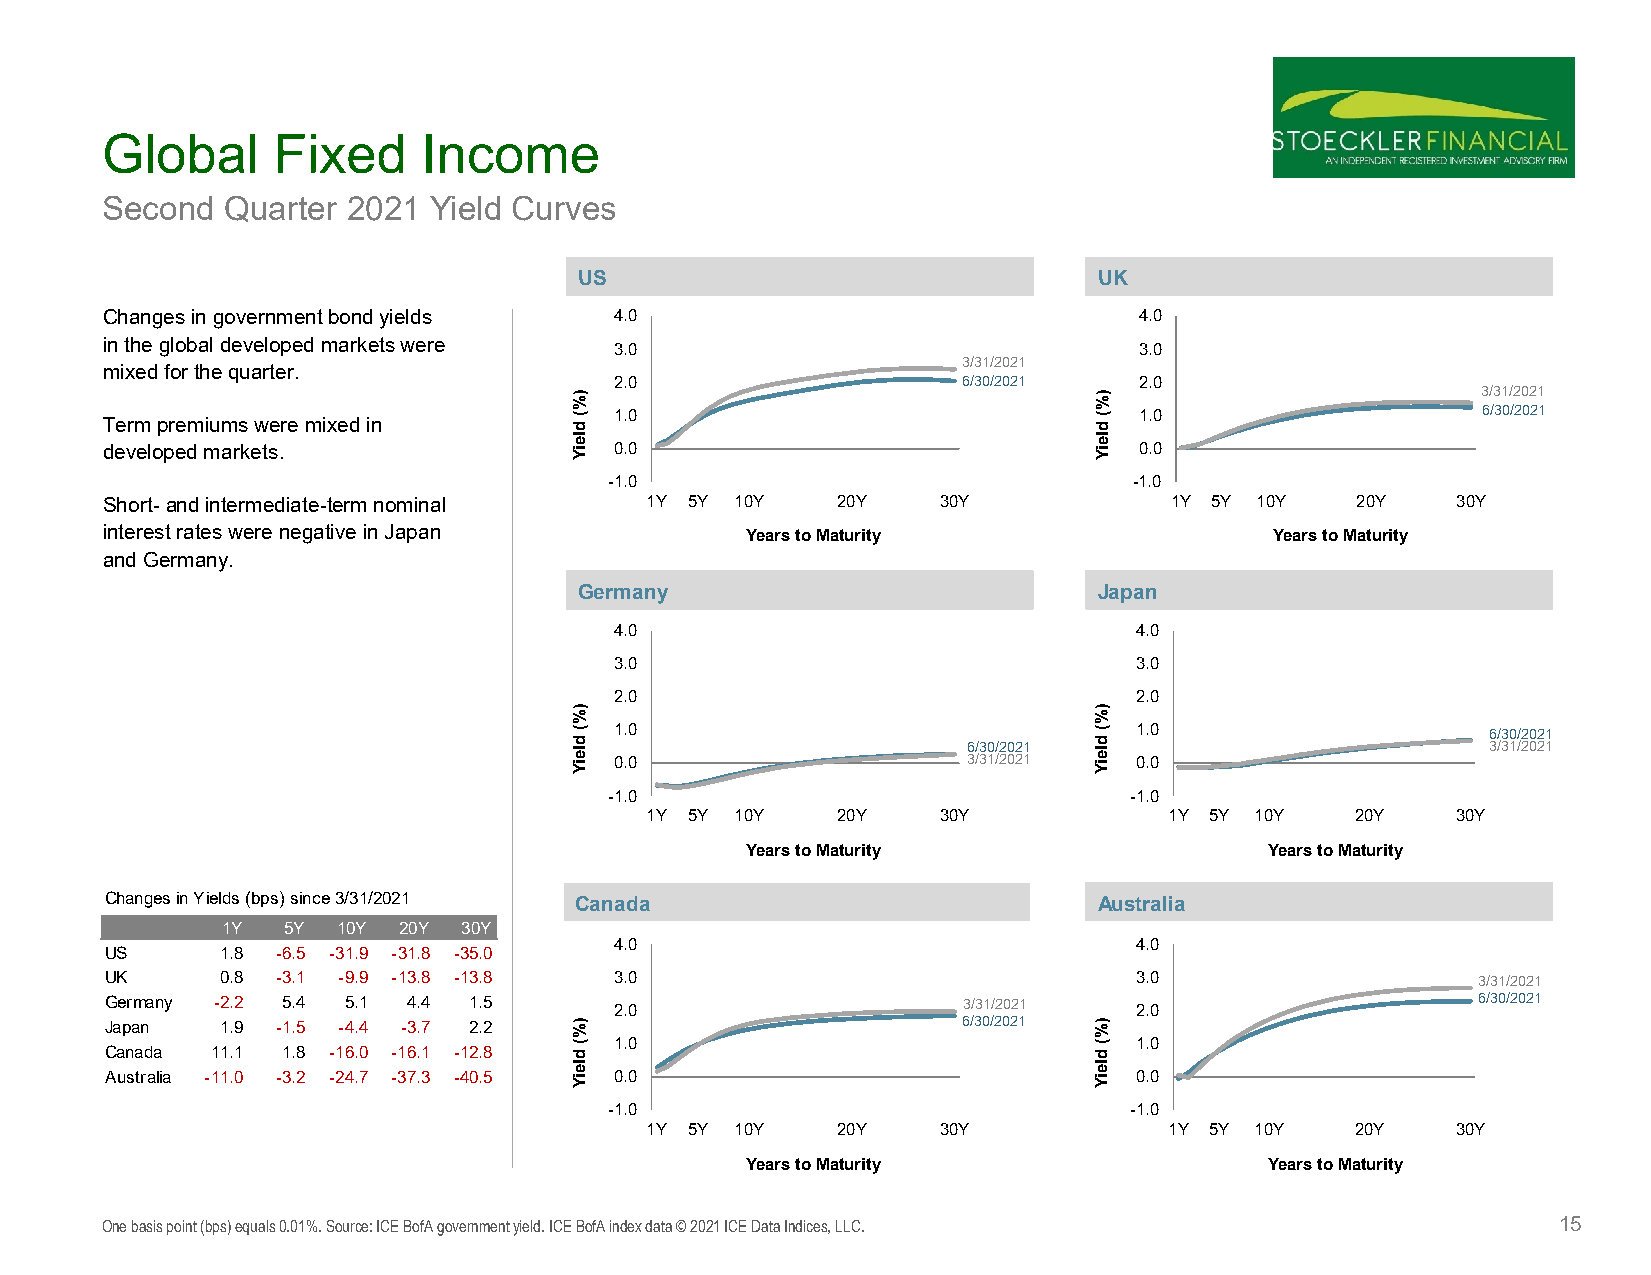
Global     Fixed     Income
 Second  Quarter 2021 Yield Curves
 US                                 UK
 Changes in government bond yields 4.0                               4.0
 in the global developed markets were 3.0                            3.0
 3/31/2021
 mixed for the quarter.
 2.0                    6/30/2021  2.0
 3/31/2021
 1.0                               1.0                    6/30/2021
 Term premiums were mixed in
 developed markets.                0.0                               0.0
 -1.0                               -1.0
 Short-and intermediate-term nominal 1Y 5Y 10Y   20Y    30Y            1Y 5Y 10Y    20Y   30Y
 interest rates were negative in Japan     Years to Maturity                  Years to Maturity
 and Germany.
 Germany                            Japan
 4.0                               4.0
 3.0                               3.0
 2.0                               2.0
 1.0                               1.0                    6/30/2021
 6/30/2021                         3/31/2021
 0.0                    3/31/2021  0.0
 -1.0                               -1.0
 1Y 5Y 10Y   20Y    30Y            1Y 5Y 10Y    20Y   30Y
 Years to Maturity                  Years to Maturity
 Changes in Yields (bps) since 3/31/2021 Canada                    Australia
 1Y  5Y 10Y 20Y  30Y
 4.0                               4.0
 US      1.8 -6.5 -31.9 -31.8 -35.0
 UK      0.8 -3.1 -9.9 -13.8 -13.8 3.0                               3.0                    3/31/2021
 Germany -2.2 5.4 5.1 4.4 1.5      2.0                    3/31/2021  2.0                    6/30/2021
 Japan   1.9 -1.5 -4.4 -3.7 2.2                           6/30/2021
 1.0                               1.0
 Canada 11.1 1.8 -16.0 -16.1 -12.8
 Australia -11.0 -3.2 -24.7 -37.3 -40.5 0.0                          0.0
 -1.0                               -1.0
 1Y 5Y 10Y   20Y    30Y            1Y 5Y 10Y    20Y   30Y
 Years to Maturity                  Years to Maturity
 One basis point (bps) equals 0.01%. Source: ICE BofA government yield. ICE BofA index data © 2021 ICE Data Indices, LLC. 15
 )%(
 dleiY
 )%(
 dleiY
 )%(
 dleiY
 )%(
 dleiY
 )%(
 dleiY
 )%(
 dleiY